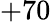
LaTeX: +70